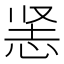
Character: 𰑡